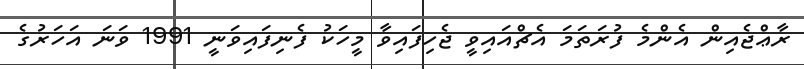
ރާޢްޖެއިން އެންމެ ފުރަތަމަ އެޗްއައިވީ ޖެހިފައިވާ މީހަކު ފެނިފައިވަނީ 1991 ވަނަ އަހަރުގެ